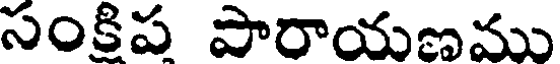
సంకిప పారాయణము